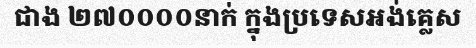
ជាង ២៧០០០០នាក់ ក្នុងប្រទេសអង់គ្លេស